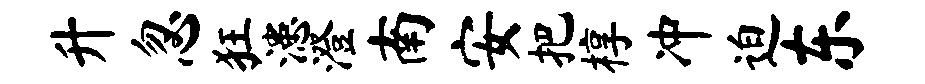
升忽狂漶澄南安把椁冲迫东